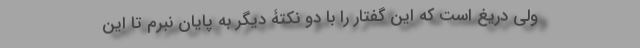
ولی دریغ است که این گفتار را با دو نکتۀ دیگر به پایان نبرم تا این